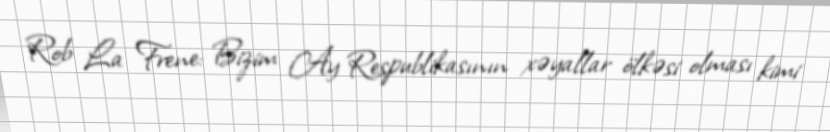
Rob La Frene: Bizim Ay Respublikasının xəyallar ölkəsi olması kimi